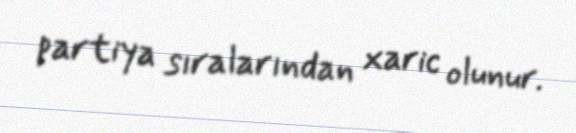
partiya sıralarından xaric olunur.